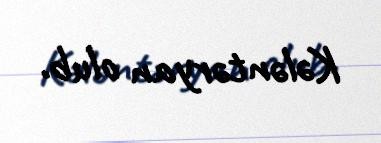
Kələntəryan olub.